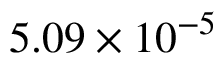
5 . 0 9 \times 1 0 ^ { - 5 }